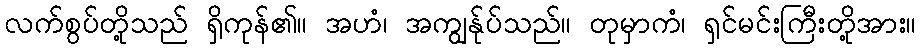
လက်စွပ်တို့သည် ရှိကုန်၏။ အဟံ၊ အကျွန်ုပ်သည်။ တုမှာကံ၊ ရှင်မင်းကြီးတို့အား။